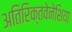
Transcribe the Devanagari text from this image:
अतिरिक्तवेनेशिया